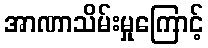
အာဏာသိမ်းမှုကြောင့်